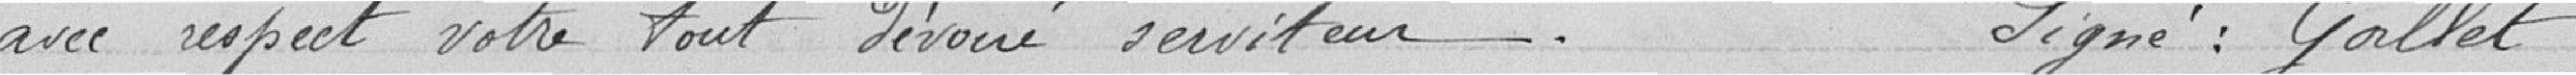
avec respect votre tout dévoué serviteur.    Signé : GALLET